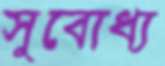
সুবোধ্য